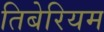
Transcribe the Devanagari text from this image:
तिबेरियम